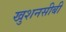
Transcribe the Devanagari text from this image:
खुशनसीबी